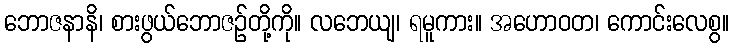
ဘောဇနာနိ၊ စားဖွယ်ဘောဇဉ်တို့ကို။ လဘေယျ၊ ရမူကား။ အဟောဝတ၊ ကောင်းလေစွ။